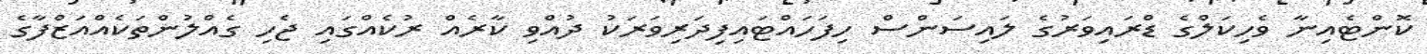
ކޮންޓެއިނާ ވެހިކަލްގެ ޑްރައިވަރުގެ ލައިސަންސް ހިފަހައްޓައިފިދަރިވަރަކު ދުއްވި ކާރެއް ރުކެއްގައި ޖެހި ގެއްލުންތަކެއްއަޒްފާގެ